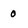
Character: 0